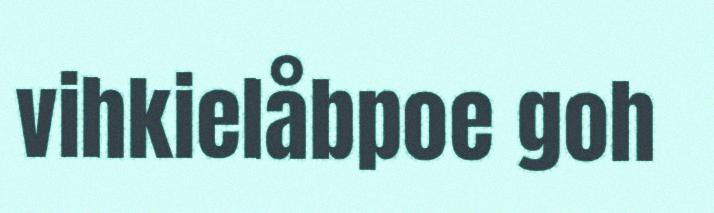
vihkielåbpoe goh